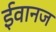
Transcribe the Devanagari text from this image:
ईवानज